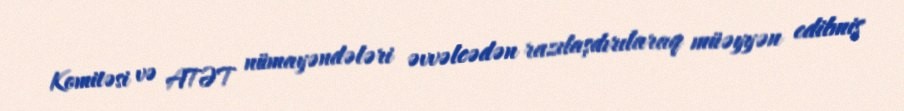
Komitəsi və ATƏT nümayəndələri əvvəlcədən razılaşdırılaraq müəyyən edilmiş